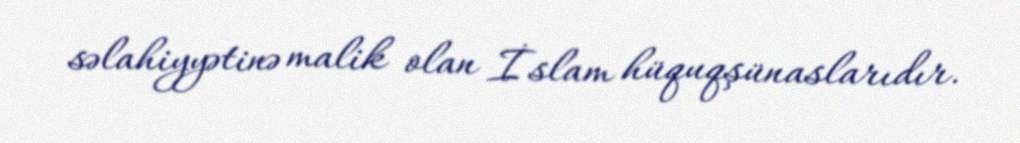
səlahiyyətinə malik olan İslam hüquqşünaslarıdır.